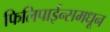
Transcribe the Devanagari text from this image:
फिलिपाईन्समधून